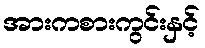
အားကစားကွင်းနှင့်